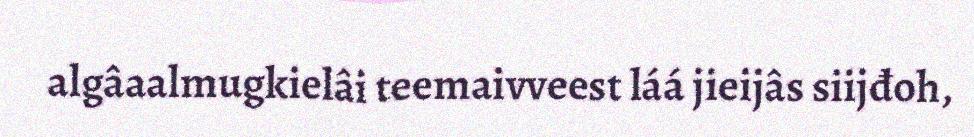
algâaalmugkielâi teemaivveest láá jieijâs siijđoh,